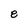
Character: e